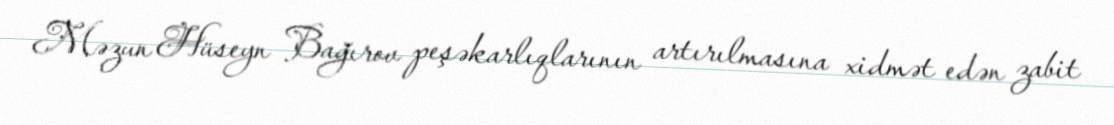
Məzun Hüseyn Bağırov peşəkarlıqlarının artırılmasına xidmət edən zabit